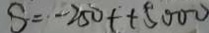
S = - 2 5 0 t + 5 0 0 0